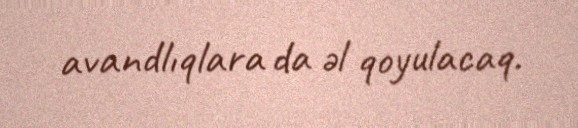
avandlıqlara da əl qoyulacaq.